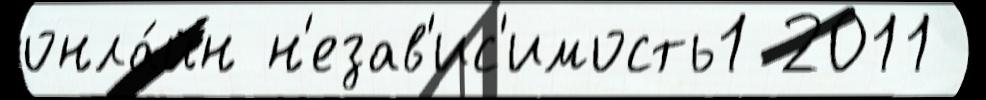
онла́йн н'езав'ис'имость1 2011